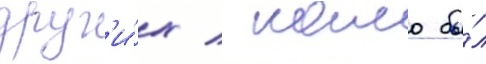
друг'и́х / камо бы́л